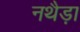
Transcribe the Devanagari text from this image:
नथैड़ा